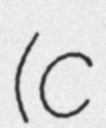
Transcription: (c